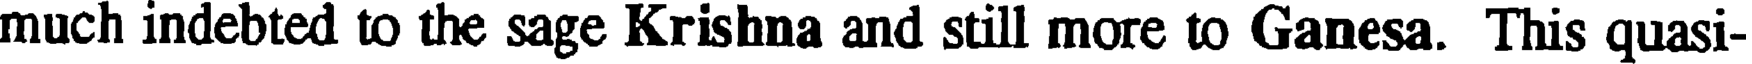
much indebted to the sage Krishna and still more to Ganesa. This quasi-